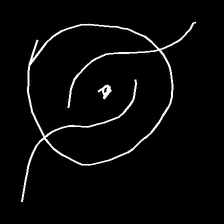
Glyph: repetition